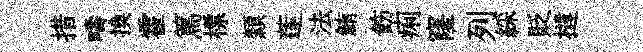
措疇換霍篤標纇莲法鮪飭痢窿列綵貶撻